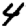
Digit: 4